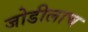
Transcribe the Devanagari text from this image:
जोडीलाच